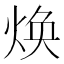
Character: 焕